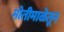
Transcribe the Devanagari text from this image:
मोतीमाळेतून